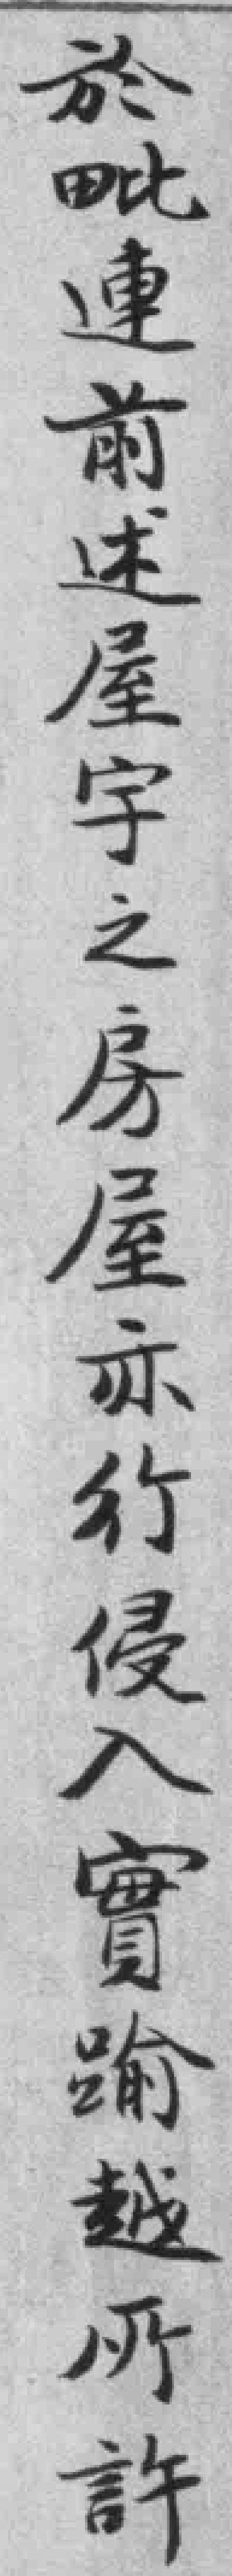
於毗連前述屋宇之房屋亦行侵入實踰越所許